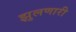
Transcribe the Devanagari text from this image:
झुलणारी